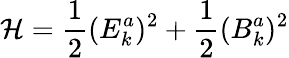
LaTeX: {\cal H}=\frac 12(E_{k}^{a})^{2}+\frac 12(B_{k}^{a})^{2}